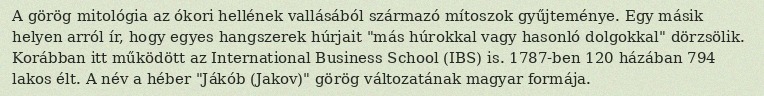
A görög mitológia az ókori hellének vallásából származó mítoszok gyűjteménye. Egy másik helyen arról ír, hogy egyes hangszerek húrjait "más húrokkal vagy hasonló dolgokkal" dörzsölik. Korábban itt működött az International Business School (IBS) is. 1787-ben 120 házában 794 lakos élt. A név a héber "Jákób (Jakov)" görög változatának magyar formája.